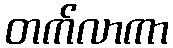
တက်လာကာ